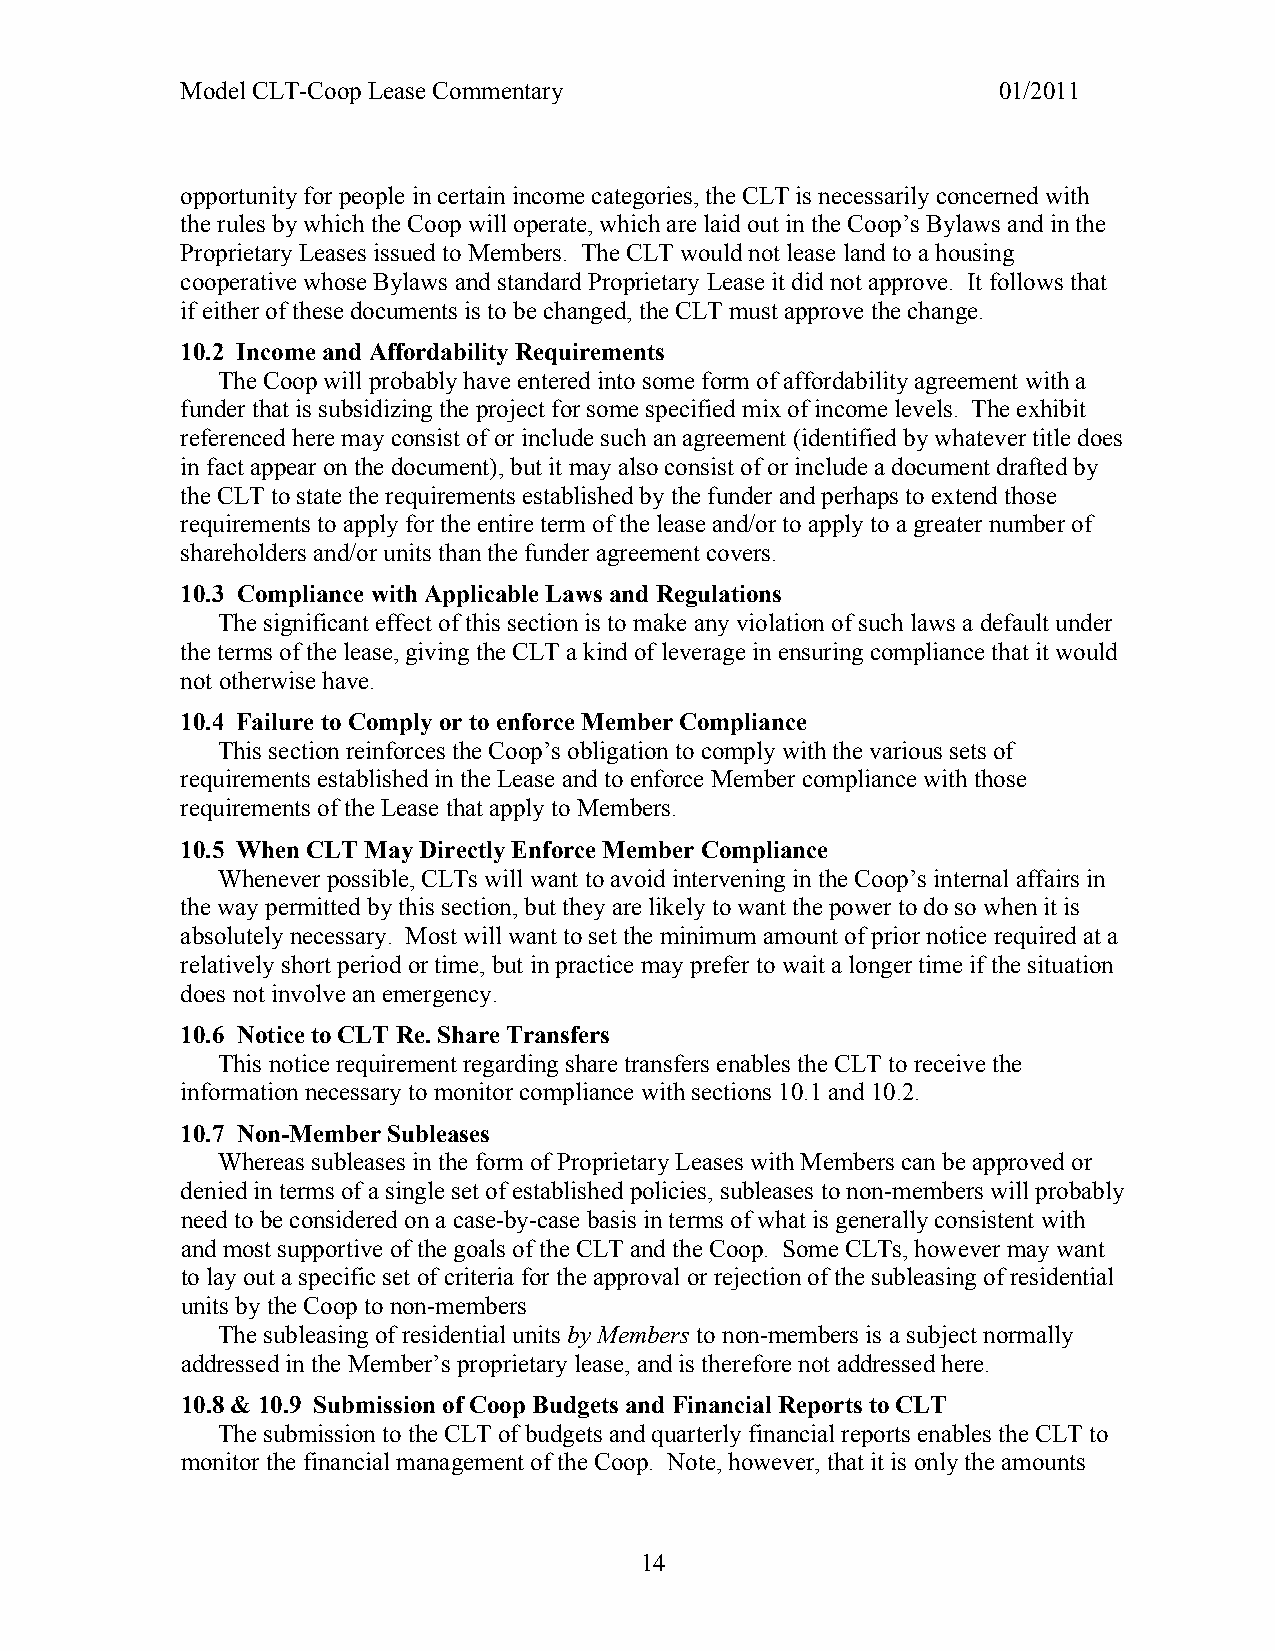
Model CLT-Coop Lease Commentary                       01/2011
 opportunity for people in certain income categories, the CLT is necessarily concerned with
 the rules by which the Coop will operate, which are laid out in the Coop’s Bylaws and in the
 Proprietary Leases issued to Members. The CLT would not lease land to a housing
 cooperative whose Bylaws and standard Proprietary Lease it did not approve. It follows that
 if either of these documents is to be changed, the CLT must approve the change.
 10.2 Income and Affordability Requirements
 The Coop will probably have entered into some form of affordability agreement with a
 funder that is subsidizing the project for some specified mix of income levels. The exhibit
 referenced here may consist of or include such an agreement (identified by whatever title does
 in fact appear on the document), but it may also consist of or include a document drafted by
 the CLT to state the requirements established by the funder and perhaps to extend those
 requirements to apply for the entire term of the lease and/or to apply to a greater number of
 shareholders and/or units than the funder agreement covers.
 10.3 Compliance with Applicable Laws and Regulations
 The significant effect of this section is to make any violation of such laws a default under
 the terms of the lease, giving the CLT a kind of leverage in ensuring compliance that it would
 not otherwise have.
 10.4 Failure to Comply or to enforce Member Compliance
 This section reinforces the Coop’s obligation to comply with the various sets of
 requirements established in the Lease and to enforce Member compliance with those
 requirements of the Lease that apply to Members.
 10.5 When CLT May Directly Enforce Member Compliance
 Whenever possible, CLTs will want to avoid intervening in the Coop’s internal affairs in
 the way permitted by this section, but they are likely to want the power to do so when it is
 absolutely necessary. Most will want to set the minimum amount of prior notice required at a
 relatively short period or time, but in practice may prefer to wait a longer time if the situation
 does not involve an emergency.
 10.6 Notice to CLT Re. Share Transfers
 This notice requirement regarding share transfers enables the CLT to receive the
 information necessary to monitor compliance with sections 10.1 and 10.2.
 10.7 Non-Member Subleases
 Whereas subleases in the form of Proprietary Leases with Members can be approved or
 denied in terms of a single set of established policies, subleases to non-members will probably
 need to be considered on a case-by-case basis in terms of what is generally consistent with
 and most supportive of the goals of the CLT and the Coop. Some CLTs, however may want
 to lay out a specific set of criteria for the approval or rejection of the subleasing of residential
 units by the Coop to non-members
 The subleasing of residential units by Members to non-members is a subject normally
 addressed in the Member’s proprietary lease, and is therefore not addressed here.
 10.8 & 10.9 Submission of Coop Budgets and Financial Reports to CLT
 The submission to the CLT of budgets and quarterly financial reports enables the CLT to
 monitor the financial management of the Coop. Note, however, that it is only the amounts
 14